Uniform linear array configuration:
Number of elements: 24
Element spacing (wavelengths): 0.5
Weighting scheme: binomial
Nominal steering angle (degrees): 30
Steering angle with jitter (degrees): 30.715
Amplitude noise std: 0.05
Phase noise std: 0.05

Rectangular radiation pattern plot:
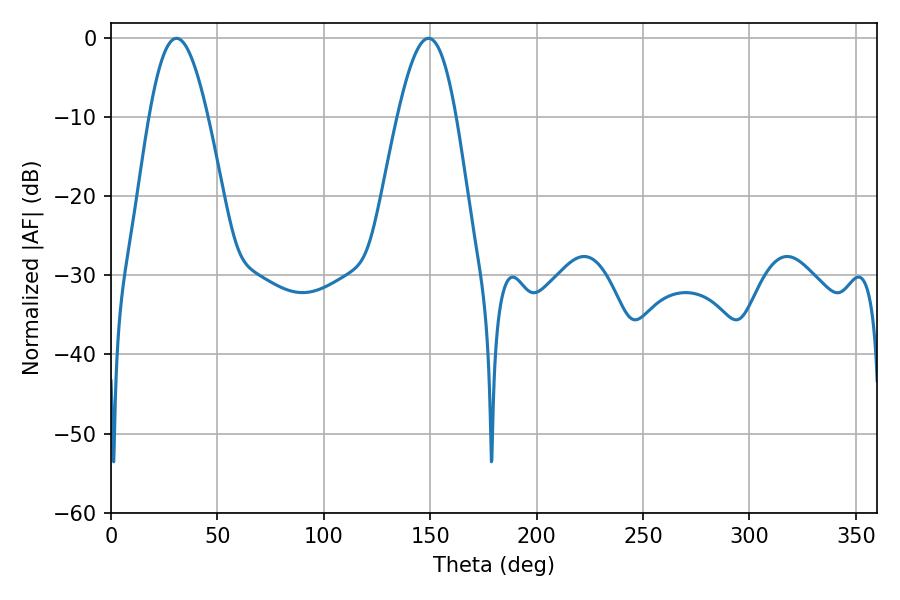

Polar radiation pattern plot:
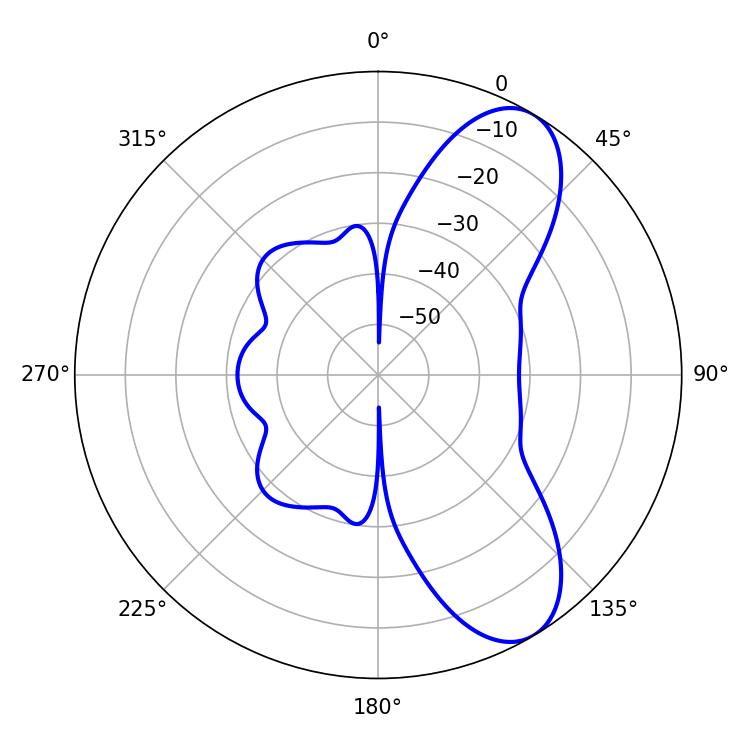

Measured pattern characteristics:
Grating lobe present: FALSE
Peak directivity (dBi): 8.359
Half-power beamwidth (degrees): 14.94
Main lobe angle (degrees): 30.78